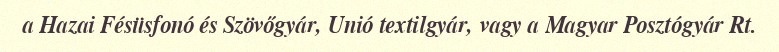
a Hazai Fésüsfonó és Szövőgyár, Unió textilgyár, vagy a Magyar Posztógyár Rt.